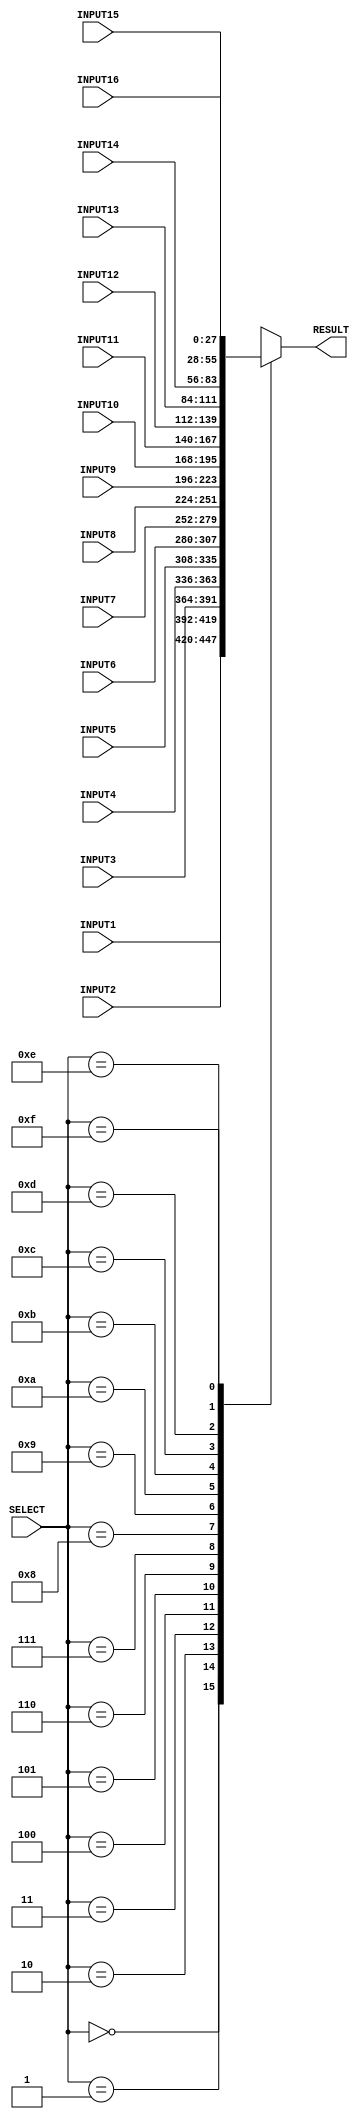

`timescale 1ns/100ps

module mux16to1_28bit(INPUT1 , INPUT2 , INPUT3 , INPUT4,
                     INPUT5 , INPUT6 , INPUT7 , INPUT8,
                     INPUT9 , INPUT10, INPUT11, INPUT12,
                     INPUT13, INPUT14, INPUT15, INPUT16,
                     RESULT, SELECT);
    input [27:0] INPUT1, INPUT2, INPUT3, INPUT4 ,
                 INPUT5 , INPUT6 , INPUT7 , INPUT8,
                 INPUT9 , INPUT10, INPUT11, INPUT12,
                 INPUT13, INPUT14, INPUT15, INPUT16; //declare inputs of the module
    input [3:0] SELECT;          //declare inputs
    output reg [27:0]  RESULT;
    
    always @ (*) begin
        case(SELECT)
            4'b0000: RESULT = INPUT1;
            4'b0001: RESULT = INPUT2;
            4'b0010: RESULT = INPUT3;
            4'b0011: RESULT = INPUT4;

            4'b0100: RESULT = INPUT5;
            4'b0101: RESULT = INPUT6;
            4'b0110: RESULT = INPUT7;
            4'b0111: RESULT = INPUT8;
            
            4'b1000: RESULT = INPUT9;
            4'b1001: RESULT = INPUT10;
            4'b1010: RESULT = INPUT11;
            4'b1011: RESULT = INPUT12;

            4'b1100: RESULT = INPUT13;
            4'b1101: RESULT = INPUT14;
            4'b1110: RESULT = INPUT15;
            4'b1111: RESULT = INPUT16;
            default: RESULT = 0; //result 0 if the other cases
        endcase 
    end
endmodule